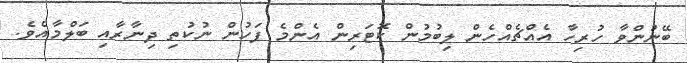
ބޭނުންވާ ހުރިހާ އެއްޗެއްހެން ލިބުމުން ކޮޓަރިން އެންމެ ފަހުން ނުކުތި ދިނާރާއި ބަލްމާއެވެ.